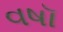
વષૉ